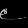
Digit: ၉